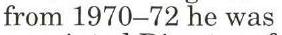
from 1970-72 he was